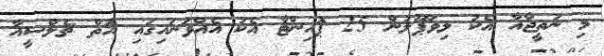
މި ނަތީޖާއާ އެކު ލިވަޕޫލުން 25 ޕޮއިންޓާ އެކު އެއްވަނައިގައި އޮތް ޗެލްސީއާ